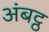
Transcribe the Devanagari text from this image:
अंबट्ठ